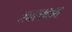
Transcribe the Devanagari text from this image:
जनस्वभाव